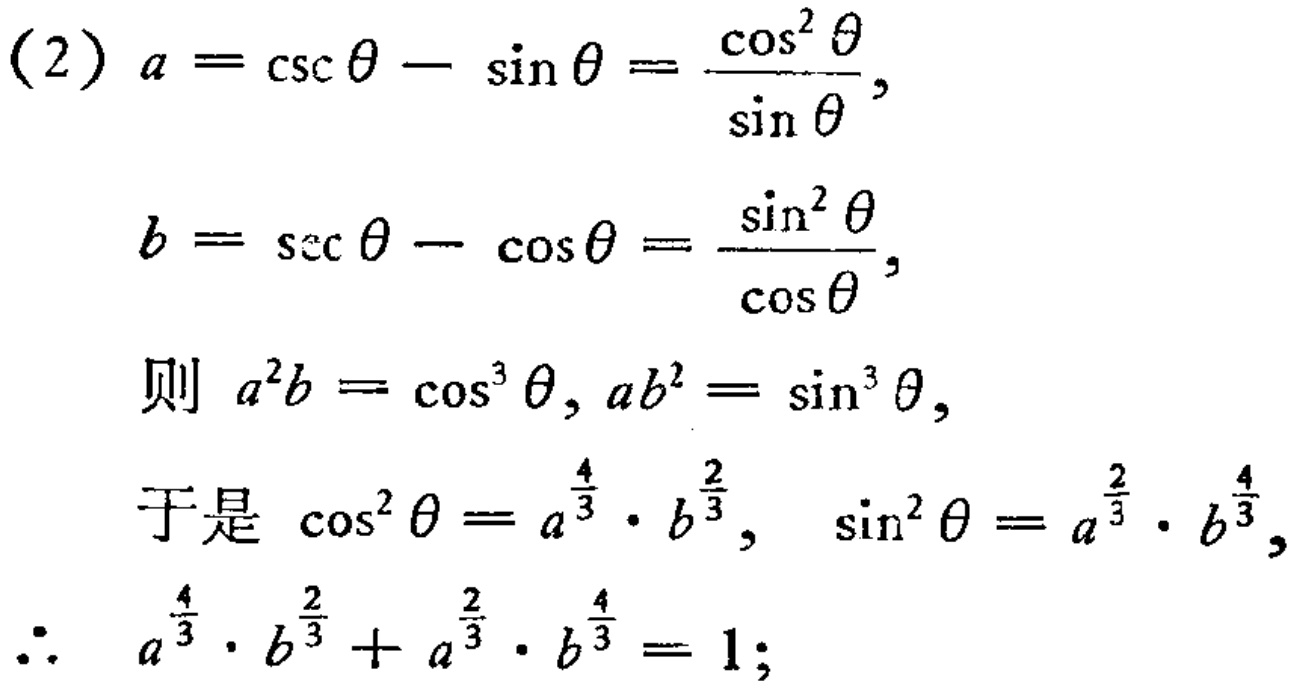
\begin{align*}

(2)\ a&=\csc\theta - \sin\theta=\frac{\cos^{2}\theta}{\sin\theta},\\

b&=\sec\theta - \cos\theta=\frac{\sin^{2}\theta}{\cos\theta},\\

\text{则 }a^{2}b&=\cos^{3}\theta, ab^{2}=\sin^{3}\theta,\\

\text{于是 }\cos^{2}\theta&=a^{\frac{4}{3}}\cdot b^{\frac{2}{3}},\ \sin^{2}\theta=a^{\frac{2}{3}}\cdot b^{\frac{4}{3}},\\

\therefore\ a^{\frac{4}{3}}\cdot b^{\frac{2}{3}}+a^{\frac{2}{3}}\cdot b^{\frac{4}{3}}&=1;

\end{align*}